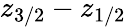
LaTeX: z_{3/2}-z_{1/2}